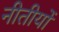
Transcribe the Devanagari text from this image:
नीतीयों